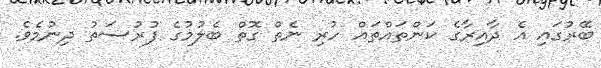
ބޭރުގައި އެ ދާއިރާގެ ކަންތައްތައް ހުރި ނެތް ގޮތް ބެލުމުގެ ފުރުސަތު ދިނުމެވެ.